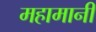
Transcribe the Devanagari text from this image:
महामानी